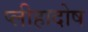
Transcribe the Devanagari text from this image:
प्लीहादोष